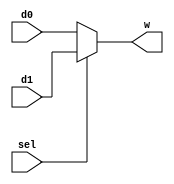
module Mux2(d0, d1, sel, w);

    parameter DATA_SIZE = 32;

    input [(DATA_SIZE-1):0] d0, d1;
    input sel;
    output [(DATA_SIZE-1):0] w;
    assign w = sel ? d1 : d0;

endmodule